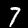
Label: 7